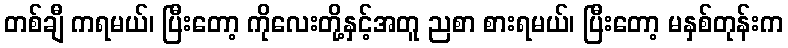
တစ်ချီ ကရမယ်၊ ပြီးတော့ ကိုလေးတို့နှင့်အတူ ညစာ စားရမယ်၊ ပြီးတော့ မနှစ်တုန်းက